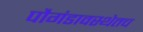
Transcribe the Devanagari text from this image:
पौगंडावस्थेतच